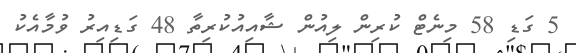
5 ގަޑި 58 މިނެޓް ކުރިން ލިއުން ޝާއިއުކުރިތާ 48 ގަޑިއިރު ވުމާއެކު